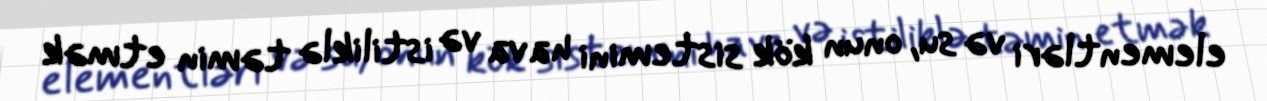
elementləri və su, onun kök sistemini hava və istiliklə təmin etmək